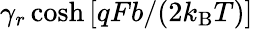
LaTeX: \gamma_{r}\cosh\left[qFb/(2k_{\mathrm{B}}T)\right]